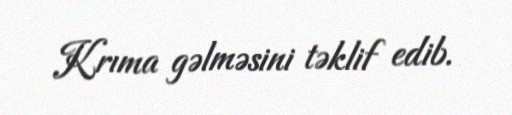
Krıma gəlməsini təklif edib.